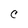
Character: C